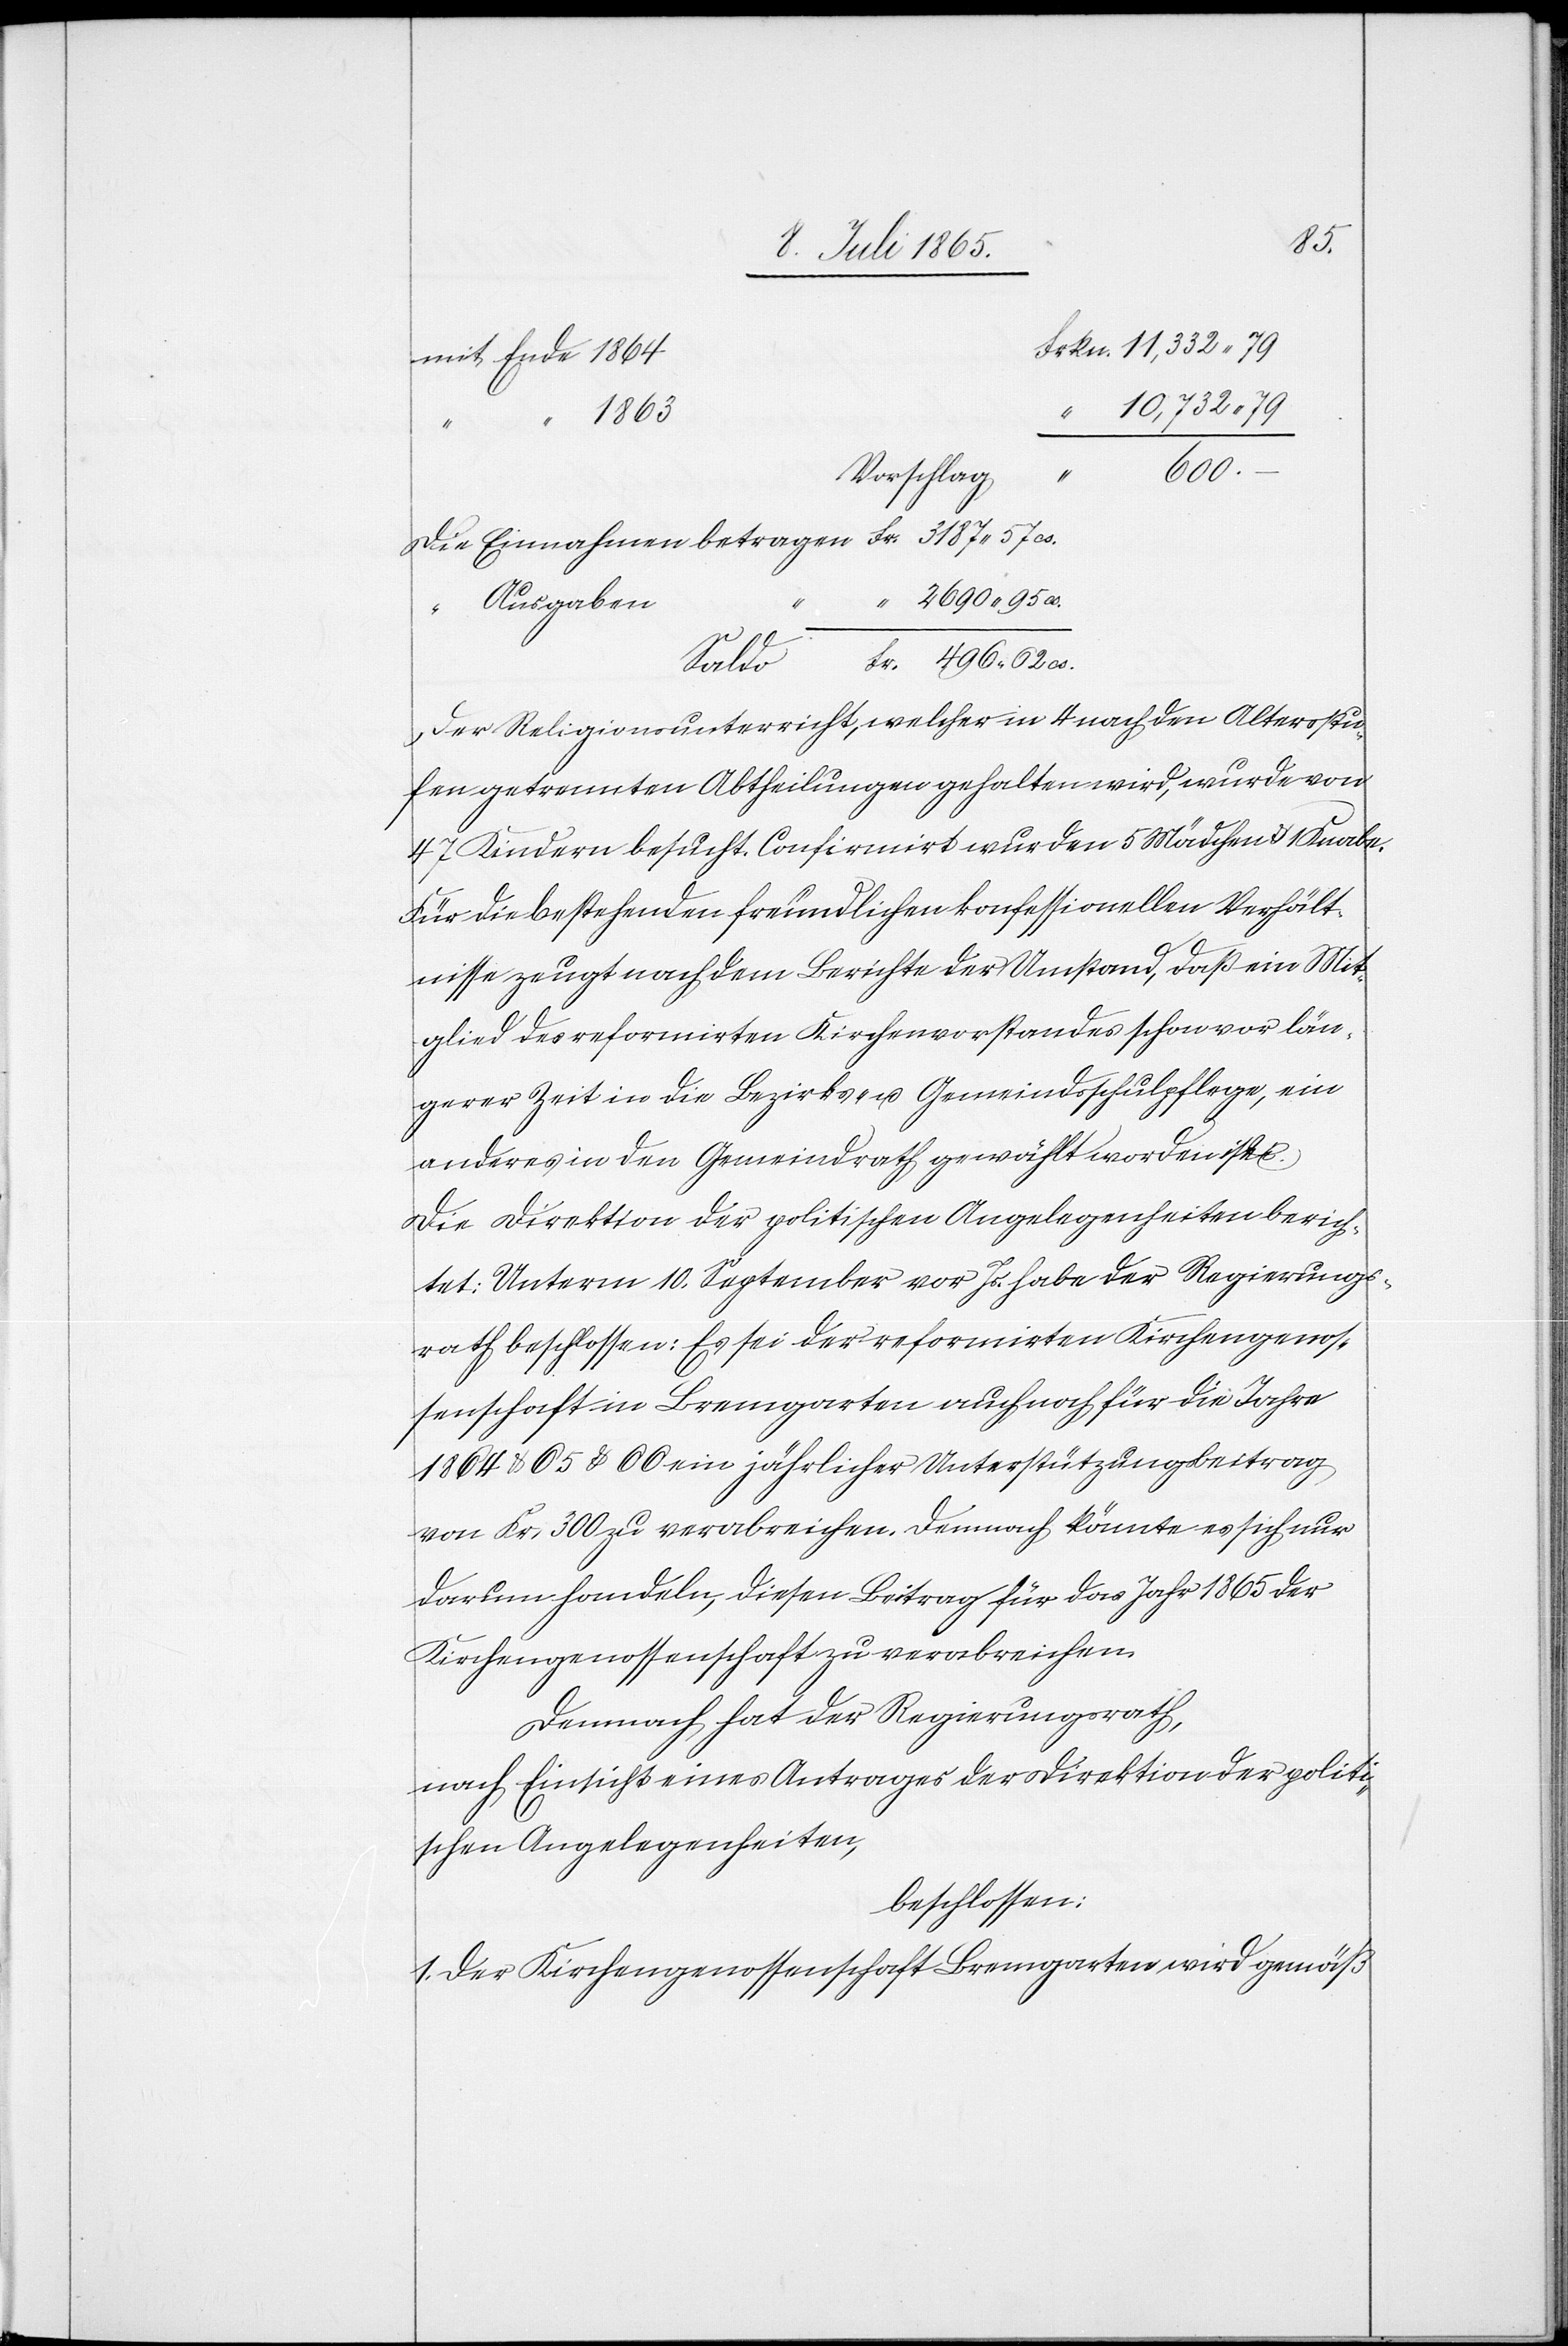
95
mit Ende 1864
“
1843
cs.
Vorschlag
“
“ Ausgaben
Saldo
Der Religionsunterricht, welcher in 4 nach den Altersstu¬
fen getrennten Abtheilungen gehalten wird, wurde von
47 Kindern besucht. Confirmirt wurden 5 Mädchen u. 1 Knabe.
Für die bestehenden freundlichen konfessionellen Verhält¬
nisse zeugt nach dem Berichte der Umstand, daß ein Mit¬
glied des reformirten Kirchenvorstandes schon vor län¬
gerer Zeit in die Bezirks- u. Gemeindsschulpflege, ein
anderes in den Gemeindrath gewählt worden ist.
Die Direktion der politischen Angelegenheiten berich¬
tet: Unterm 10. September vor Js. habe der Regierungs¬
rath beschlossen: Es sei der reformirten Kirchengenos¬
senschaft in Bremgarten auch noch für die Jahre
1864 u. 65 u. 66 ein jährlicher Unterstützungsbeitrag
von Fr. 300 zu verabreichen. Demnach könnte es sich nur
darum handeln, diesen Beitrag für das Jahr 1865 der
Kirchengenossenschaft zu verabreichen.
Demnach hat der Regierungsrath,
nach Einsicht eines Antrages der Direktion der politi¬
schen Angelegenheiten,
beschlossen:
1. Der Kirchengenossenschaft Bremgarten wird gemäß